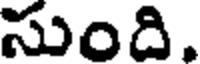
సుంది.